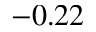
- 0 . 2 2